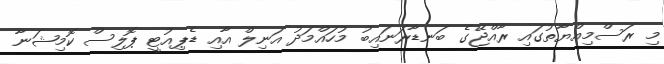
މި ރަސްމިއްޔާތުގައި ރާއްޖޭގެ ބަނޑާރަނައިބު މުހައްމަދު އަނިލް އާއި ޑެޕިއުޓީ ޕޮލިސް ކޮމިޝަނާ